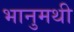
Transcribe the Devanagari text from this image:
भानुमथी